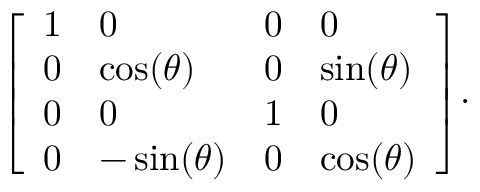
{ \left[ \begin{array} { l l l l } { 1 } & { 0 } & { 0 } & { 0 } \\ { 0 } & { \cos ( \theta ) } & { 0 } & { \sin ( \theta ) } \\ { 0 } & { 0 } & { 1 } & { 0 } \\ { 0 } & { - \sin ( \theta ) } & { 0 } & { \cos ( \theta ) } \end{array} \right] } .